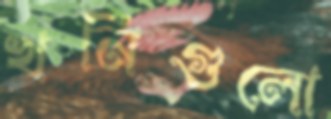
খনিগুলো